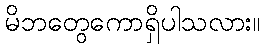
မိဘတွေကောရှိပါသလား။